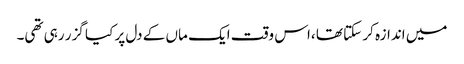
میں اندازہ کر سکتا تھا ،اس وقت ایک ماں کے دل پر کیا گزر رہی تھی۔